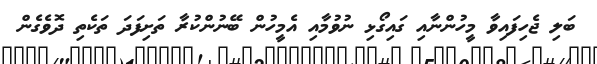
ބަލި ޖެހިފައިވާ މީހުންނާއި ގައިގޯޅި ނުވުމާއި އެމީހުން ބޭނުންކުރާ ތަށިފަދަ ތަކެތި ދޮވެގެން